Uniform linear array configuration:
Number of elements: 16
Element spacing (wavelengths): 1
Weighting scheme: hann
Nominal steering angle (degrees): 0
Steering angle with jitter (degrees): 1.157
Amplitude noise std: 0.05
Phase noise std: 0.05

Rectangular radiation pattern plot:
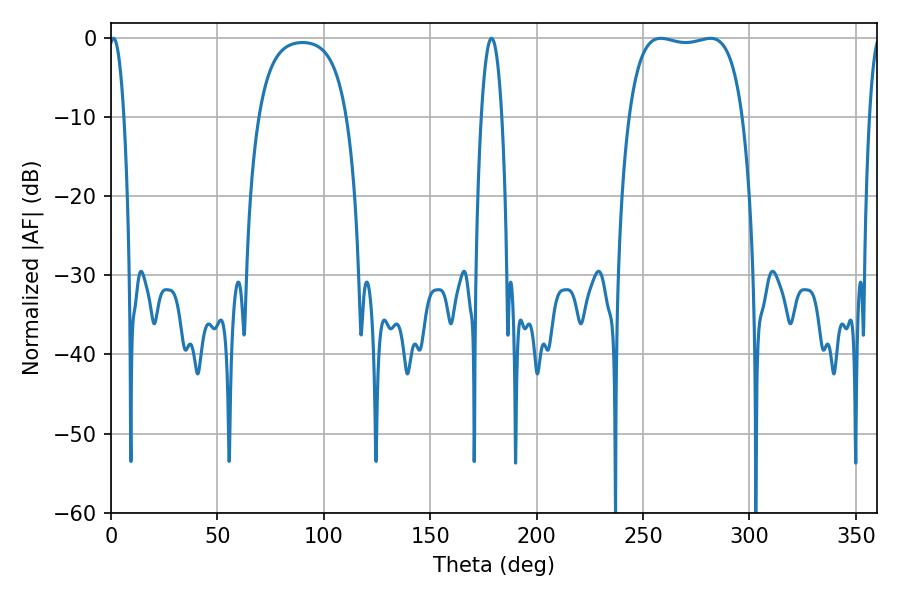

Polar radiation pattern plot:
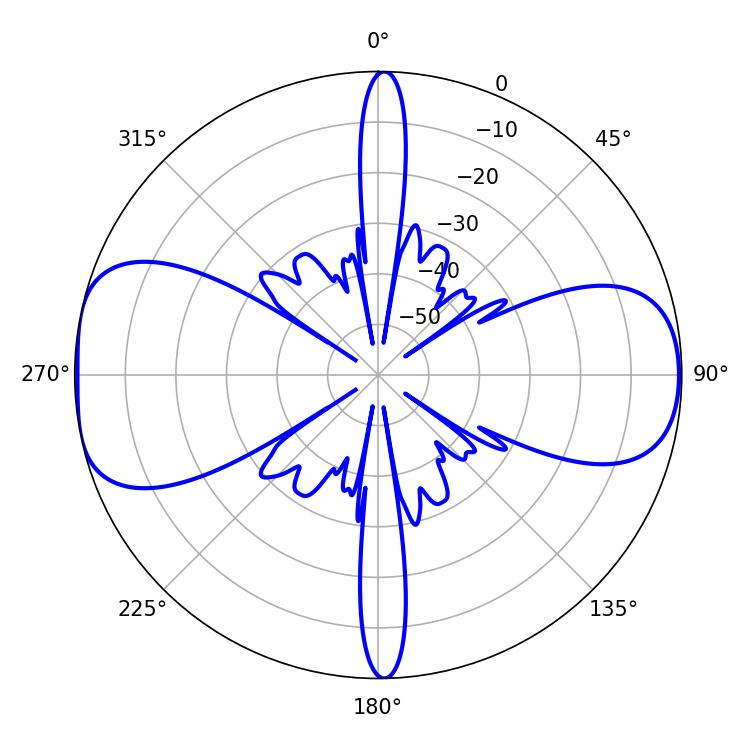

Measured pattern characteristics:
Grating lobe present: TRUE
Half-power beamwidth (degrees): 42.48
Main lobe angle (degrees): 258.3